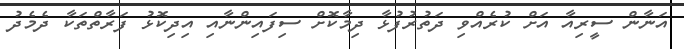
އަނާން ސީރިއާ އަށް ކުރެއްވި ދަތުރުފުޅާ ދިމާކޮށް ސިފައިންނާއި އިދިކޮޅު ފަރާތްތަކާ ދެމެދު